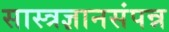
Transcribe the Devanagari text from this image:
सास्त्रज्ञानसंपन्न